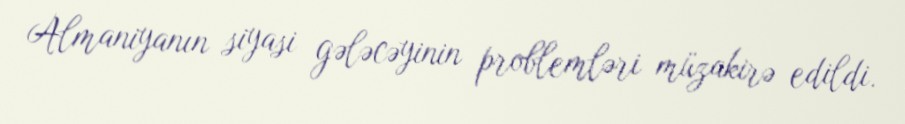
Almaniyanın siyasi gələcəyinin problemləri müzakirə edildi.